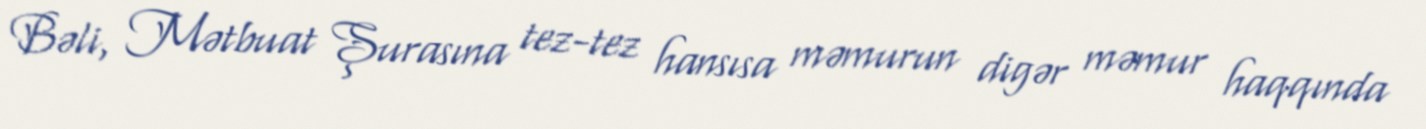
Bəli, Mətbuat Şurasına tez-tez hansısa məmurun digər məmur haqqında